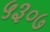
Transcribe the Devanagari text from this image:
५३०७